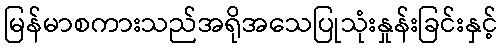
မြန်မာစကားသည်အရိုအသေပြုသုံးနှုန်းခြင်းနှင့်